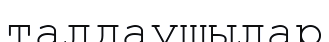
талдаушылар